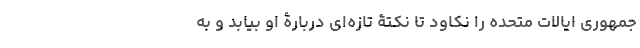
جمهوری ایالات متحده را نکاود تا نکتۀ تازه‌ای دربارۀ او بیابد و به